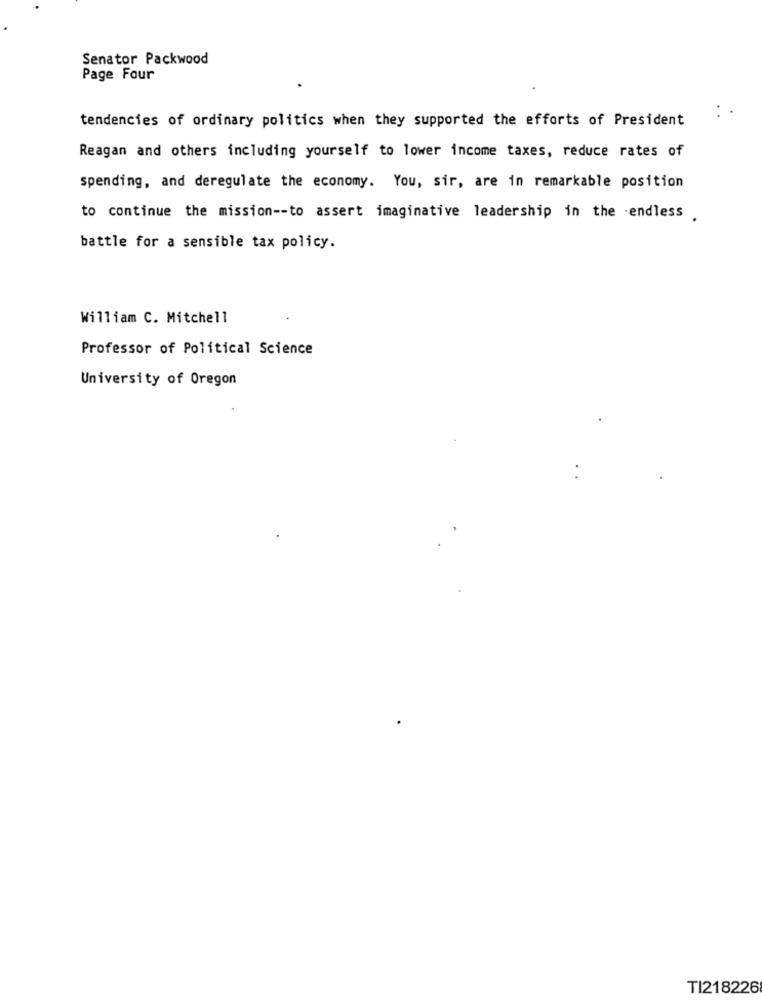
Senator Packwood
Page Four
tendencies of ordinary politics when they supported the efforts of President
Reagan and others including yourself to lower income taxes, reduce rates of
spending, and deregulate the economy. You, sir, are in remarkable position
to continue the mission -- to assert imaginative leadership in the endless
battle for a sensible tax policy.
William C. Mitchell
Professor of Political Science
University of Oregon
TI218226